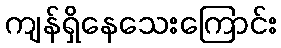
ကျန်ရှိနေသေးကြောင်း